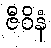
ဇီဝိနံ